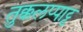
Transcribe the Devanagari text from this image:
तुक्कलप्पाट्ट